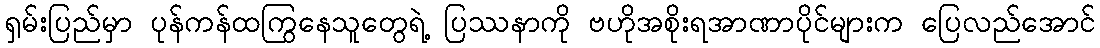
ရှမ်းပြည်မှာ ပုန်ကန်ထကြွနေသူတွေရဲ့ ပြဿနာကို ဗဟိုအစိုးရအာဏာပိုင်များက ပြေလည်အောင်